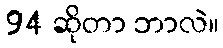
94 ဆိုတာ ဘာလဲ။